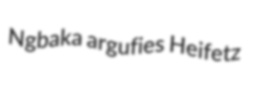
Ngbaka argufies Heifetz